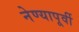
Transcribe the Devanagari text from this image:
नेण्यापूर्वी